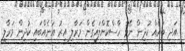
އަދި ބައެއް ކުދިން ނޭވާ ހާސްކޮށްލައިގެން މަރާލި އިރު އަނެއްބައި ކުދިން މަރާލީ